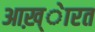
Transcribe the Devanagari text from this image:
आख़्ेारत